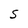
Character: S